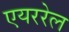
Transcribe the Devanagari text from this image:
एयररेल